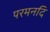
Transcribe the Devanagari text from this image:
परमनदि